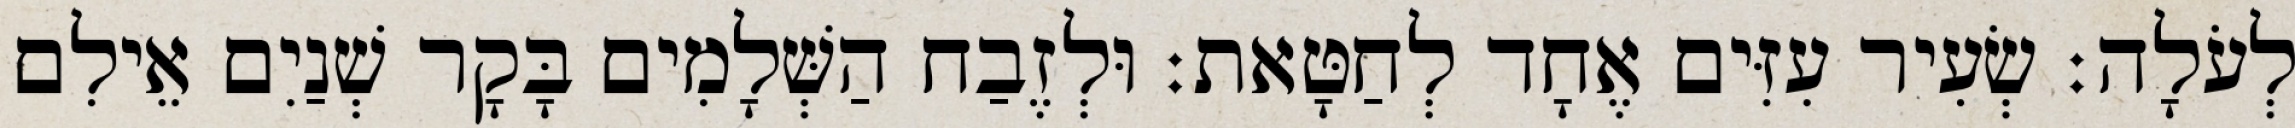
לְעֹלָה׃ שְׂעִיר עִזִּים אֶחָד לְחַטָּאת׃ וּלְזֶבַח הַשְּׁלָמִים בָּקָר שְׁנַיִם אֵילִם